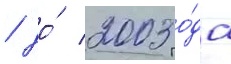
/ до́ 2003 го́да